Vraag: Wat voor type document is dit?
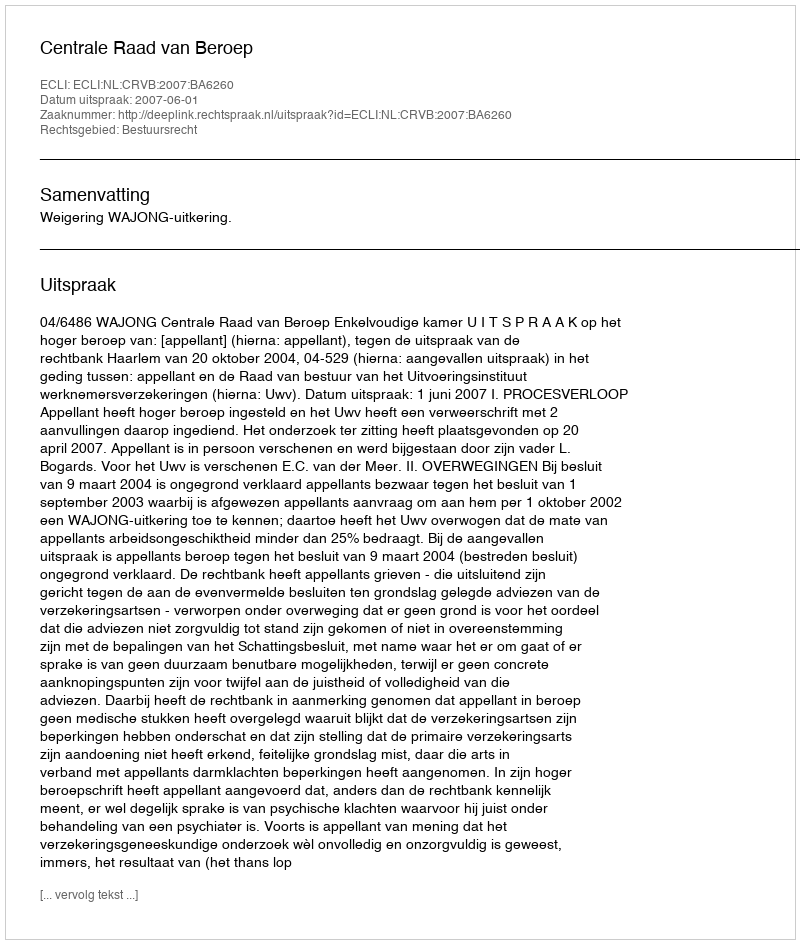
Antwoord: Uitspraak